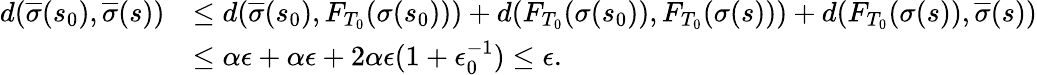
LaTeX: \begin{array}{rl}{d(\overline{{\sigma}}(s_{0}),\overline{{\sigma}}(s))}&{\le d(\overline{{\sigma}}(s_{0}),F_{T_{0}}(\sigma(s_{0})))+d(F_{T_{0}}(\sigma(s_{0})),F_{T_{0}}(\sigma(s)))+d(F_{T_{0}}(\sigma(s)),\overline{{\sigma}}(s))}\\ &{\le\alpha\epsilon+\alpha\epsilon+2\alpha\epsilon(1+\epsilon_{0}^{-1})\le\epsilon.}\end{array}